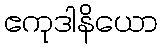
ဧကုဒါနိယော